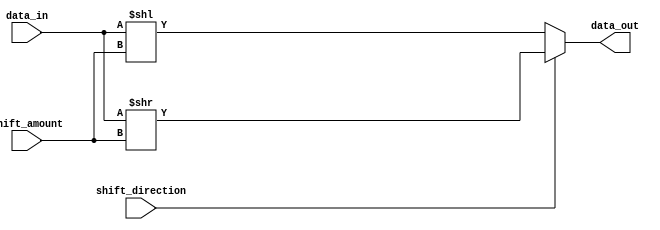
module barrel_shifter (
  input wire [15:0] data_in, // input data
  input wire [3:0] shift_amount, // amount to shift data by
  input wire shift_direction, // 0 for left shift, 1 for right shift
  output wire [15:0] data_out // output data after shifting
);

  // internal registers
  reg [15:0] shifted_data;

  // shifting logic
  always @(*) begin
    if (shift_direction == 0) begin
      shifted_data = data_in << shift_amount;
    end else begin
      shifted_data = data_in >> shift_amount;
    end
  end

  // assign output
  assign data_out = shifted_data;

endmodule